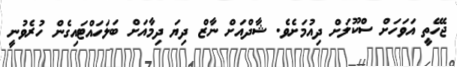
ޖެހޭތީ އަވަހަށް ސްކޫލަށް ދިއުމަށެވެ. ޝާދްއަށް ނާޒް ދިޔަ ދިމާއަށް ބަލަހައްޓައިގެން ހުރެވުނީ